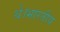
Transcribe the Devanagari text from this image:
थे।भारतीय